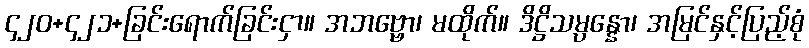
၄၂၀+၄၂၁+ခြင်းရောက်ခြင်းငှာ။ အဘဗ္ဗော၊ မထိုက်။ ဒိဋ္ဌိသမ္ပန္နော၊ အမြင်နှင့်ပြည့်စုံ